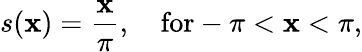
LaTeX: s(\mathbf{x})={\frac{{\mathbf{x}}}{{\pi}}},\quad\mathrm{{for}}-\pi<\mathbf{x}<\pi,